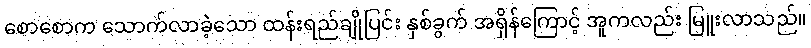
စောစောက သောက်လာခဲ့သော ထန်းရည်ချိုပြင်း နှစ်ခွက် အရှိန်ကြောင့် အူကလည်း မြူးလာသည်။